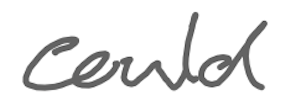
Text: could
Cross-out: clean
Writing tool: digital_gray